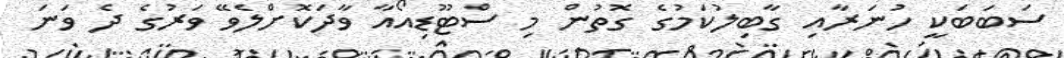
ސަބަބަކީ ހުނަރާއި ގާބިލުކަމުގެ ގޮތުން މި ސްޓޫޑިއޯއާ ވާދަކޮށްލެވޭ ވަރުގެ ދެ ވަނަ